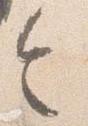
令